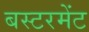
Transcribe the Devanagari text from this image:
बस्टरमेंट